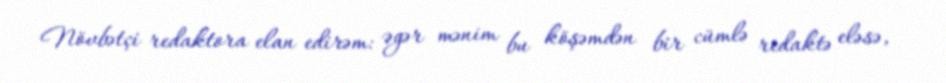
Növbətçi redaktora elan edirəm: əgər mənim bu köşəmdən bir cümlə redaktə eləsə,